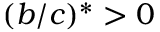
( b / c ) ^ { * } > 0